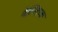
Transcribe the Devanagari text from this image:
बेल्लिच्क